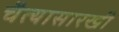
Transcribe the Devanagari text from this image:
चैत्यासारखी